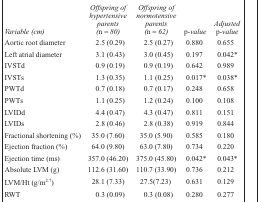
| Variable (cm) | Offspring of hypertensive parents (n = 80) | Offspring of normotensive parents (n = 62) | p-value | Adjusted p-value |
 | --- | --- | --- | --- | --- |
 | Aortic root diameter | 2.5 (0.29) | 2.5 (0.27) | 0.880 | 0.655 |
 | Left atrial diameter | 3.1 (0.43) | 3.0 (0.45) | 0.197 | 0.042* |
 | IVSTd | 0.9 (0.19) | 0.9 (0.19) | 0.642 | 0.989 |
 | IVSTs | 1.3 (0.35) | 1.1 (0.25) | 0.017* | 0.038* |
 | PWTd | 0.7 (0.18) | 0.7 (0.17) | 0.248 | 0.658 |
 | PWTs | 1.1 (0.25) | 1.2 (0.24) | 0.100 | 0.108 |
 | LVIDd | 4.4 (0.47) | 4.3 (0.47) | 0.811 | 0.151 |
 | LVIDs | 2.8 (0.46) | 2.8 (0.38) | 0.919 | 0.844 |
 | Fractional shortening (%) | 35.0 (7.60) | 35.0 (5.90) | 0.585 | 0.180 |
 | Ejection fraction (%) | 64.0 (9.80) | 63.0 (7.80) | 0.734 | 0.220 |
 | Ejection time (ms) | 357.0 (46.20) | 375.0 (45.80) | 0.042* | 0.043* |
 | Absolute LVM (g) | 112.6 (31.60) | 110.7 (33.90) | 0.736 | 0.212 |
 | LVM/Ht (g/m2.7) | 28.1 (7.33) | 27.5(7.23) | 0.631 | 0.129 |
 | RWT | 0.3 (0.09) | 0.3 (0.08) | 0.280 | 0.277 |